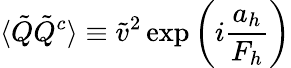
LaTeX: \langle\tilde{Q}\tilde{Q}^{c}\rangle\equiv\tilde{v}^{2}\exp\left(i\frac{a_{h}}{F_{h}}\right)